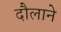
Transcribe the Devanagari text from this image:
दौलाने